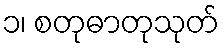
၁၊ စတုဓာတုသုတ်